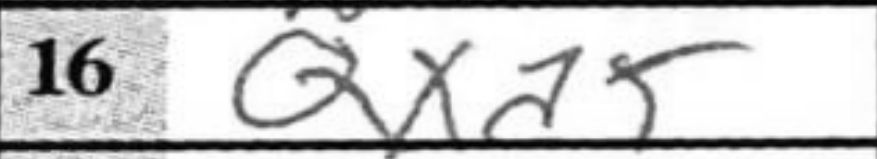
Transcription: Qxa5